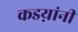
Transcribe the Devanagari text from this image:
कडय़ांनी